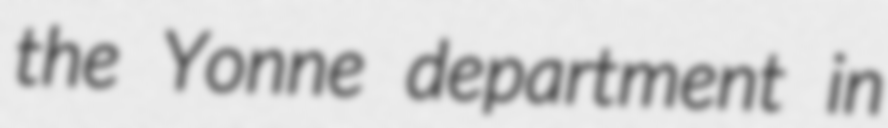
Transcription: the Yonne department in